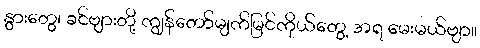
နွားတွေ၊ ခင်ဗျားတို့ ကျွန်တော်မျက်မြင်ကိုယ်တွေ့ အရ မေးမယ်ဗျာ။